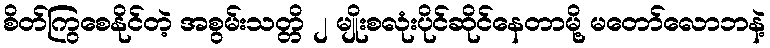
စိတ်ကြွစေနိုင်တဲ့ အစွမ်းသတ္တိ ၂ မျိုးစလုံးပိုင်ဆိုင်နေတာမို့ မတော်လောဘနဲ့